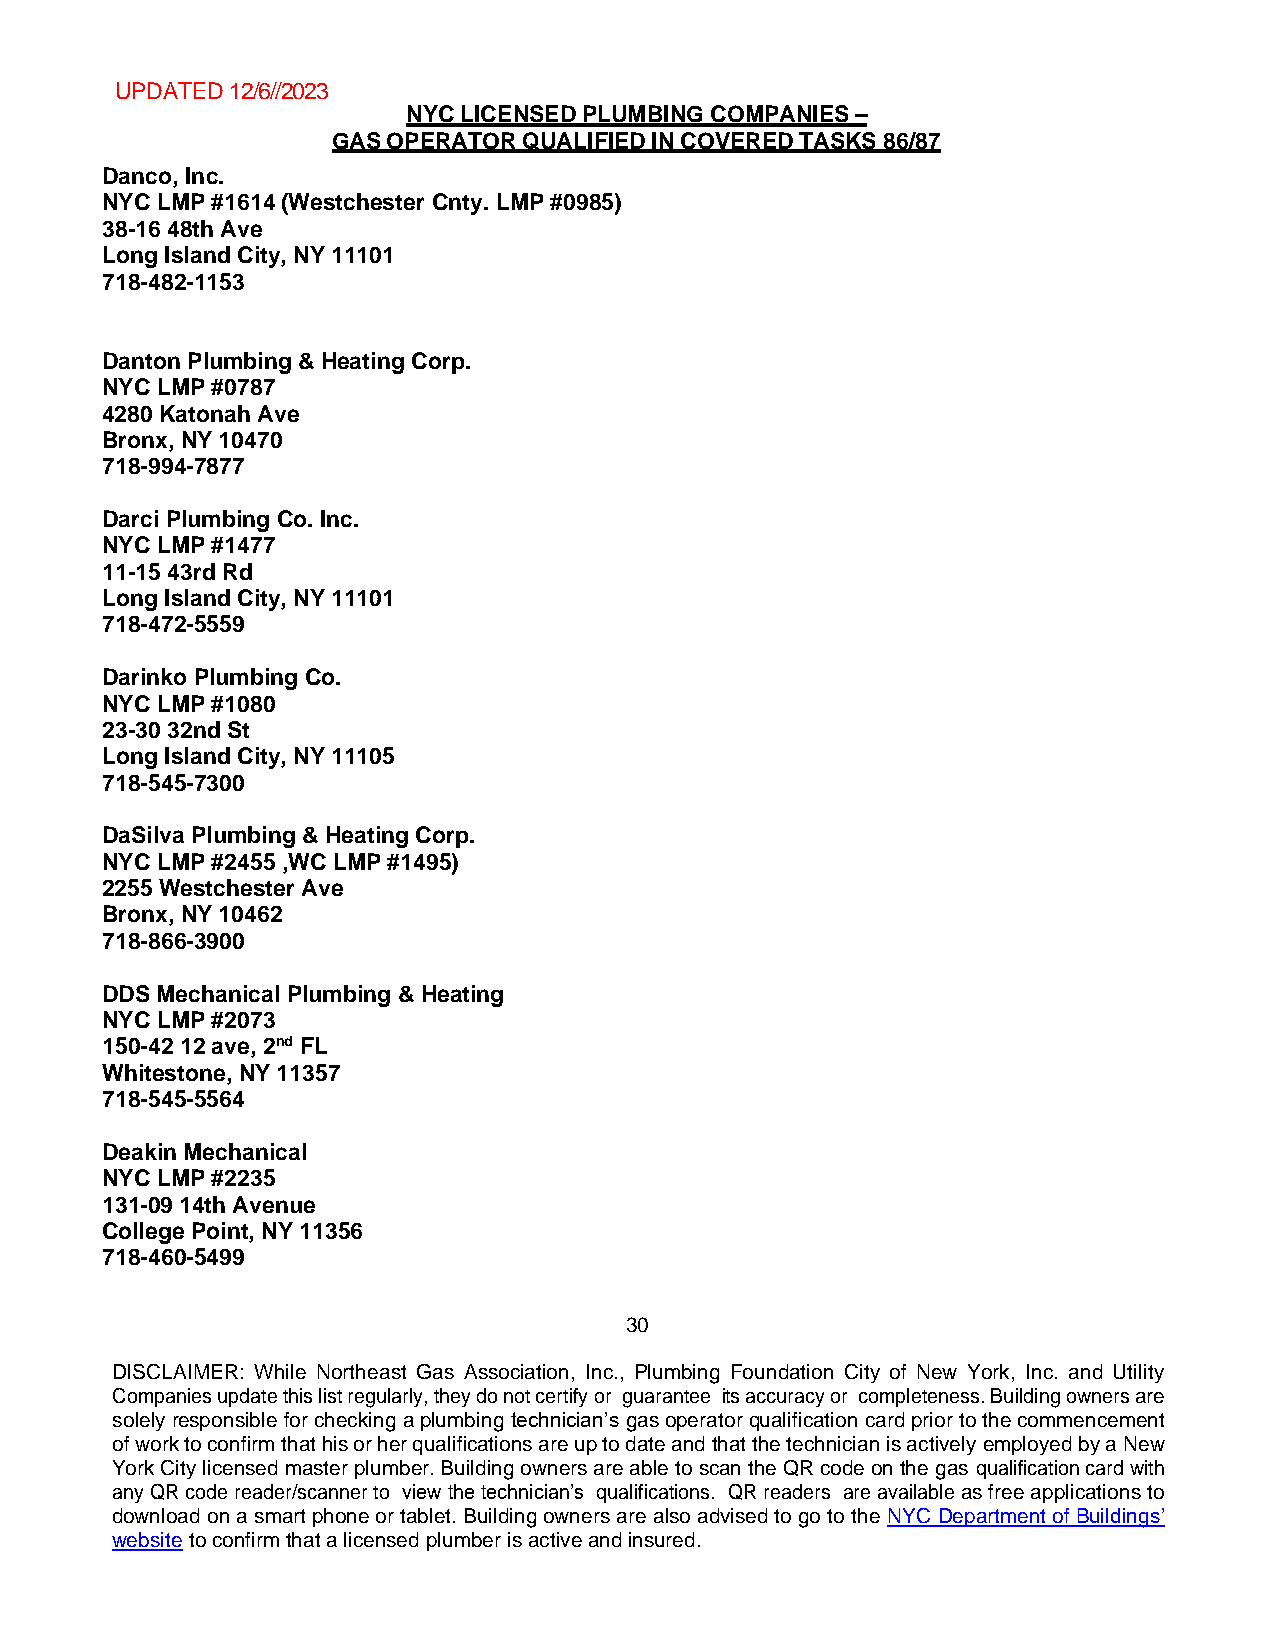
UPDATED 12/6//2023
 NYC LICENSED PLUMBING COMPANIES –
 GAS OPERATOR QUALIFIED IN COVERED TASKS 86/87
 Danco, Inc.
 NYC LMP #1614 (Westchester Cnty. LMP #0985)
 38-16 48th Ave
 Long Island City, NY 11101
 718-482-1153
 Danton Plumbing & Heating Corp.
 NYC LMP #0787
 4280 Katonah Ave
 Bronx, NY 10470
 718-994-7877
 Darci Plumbing Co. Inc.
 NYC LMP #1477
 11-15 43rd Rd
 Long Island City, NY 11101
 718-472-5559
 Darinko Plumbing Co.
 NYC LMP #1080
 23-30 32nd St
 Long Island City, NY 11105
 718-545-7300
 DaSilva Plumbing & Heating Corp.
 NYC LMP #2455 ,WC LMP #1495)
 2255 Westchester Ave
 Bronx, NY 10462
 718-866-3900
 DDS Mechanical Plumbing & Heating
 NYC LMP #2073
 150-42 12 ave, 2nd FL
 Whitestone, NY 11357
 718-545-5564
 Deakin Mechanical
 NYC LMP #2235
 131-09 14th Avenue
 College Point, NY 11356
 718-460-5499
 30
 DISCLAIMER: While Northeast Gas Association, Inc., Plumbing Foundation City of New York, Inc. and Utility
 Companies update this list regularly, they do not certify or guarantee its accuracy or completeness. Building owners are
 solely responsible for checking a plumbing technician’s gas operator qualification card prior to the commencement
 of work to confirm that his or her qualifications are up to date and that the technician is actively employed by a New
 York City licensed master plumber. Building owners are able to scan the QR code on the gas qualification card with
 any QR code reader/scanner to view the technician’s qualifications. QR readers are available as free applications to
 download on a smart phone or tablet. Building owners are also advised to go to the NYC Department of Buildings’
 website to confirm that a licensed plumber is active and insured.